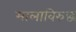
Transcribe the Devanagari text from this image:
मालाविरुद्ध